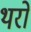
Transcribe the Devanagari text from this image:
थरो